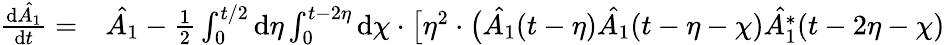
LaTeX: \begin{array}{rl}{\frac{\mathrm{d}\hat{A_{1}}}{\mathrm{d}t}=}&{{}\hat{A_{1}}-\frac{1}{2}\int_{0}^{t/2}\mathrm{d}\eta\int_{0}^{t-2\eta}\mathrm{d}\chi\cdot\bigl[\eta^{2}\cdot\bigl(\hat{A_{1}}(t-\eta)\hat{A_{1}}(t-\eta-\chi)\hat{A_{1}^{*}}(t-2\eta-\chi)}\end{array}